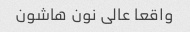
واقعا عالی نون هاشون